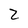
Character: 2